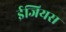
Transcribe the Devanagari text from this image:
ईजियस